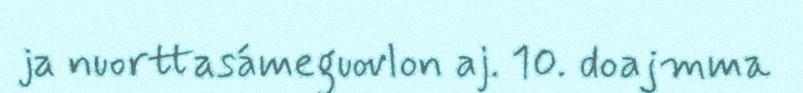
ja nuorttasámeguovlon aj. 10. doajmma